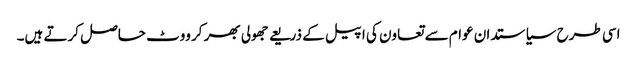
اسی طرح سیاستدان عوام سے تعاون کی اپیل کے ذریعے جھولی بھر کر ووٹ حاصل کرتے ہیں۔